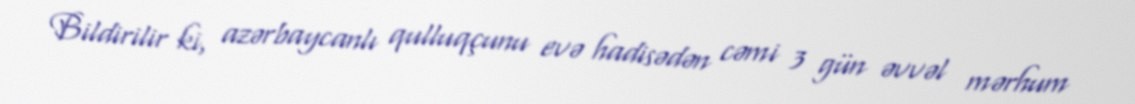
Bildirilir ki, azərbaycanlı qulluqçunu evə hadisədən cəmi 3 gün əvvəl mərhum